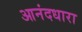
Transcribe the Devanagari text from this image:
आनंदधारा